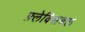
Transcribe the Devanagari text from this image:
फ़्लेक्सिबल